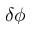
\delta \phi